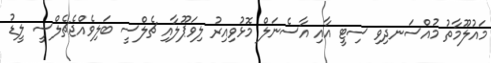
މައުލޫމާތު މުއްސަނދިވި ސިޓީ އާއި އާސެނަލް މޮޅުވިއިރު ލިވަޕޫލާއި ޗެލްސީ ބަލިވެއްޖެޗެލްސީ ލީޑު